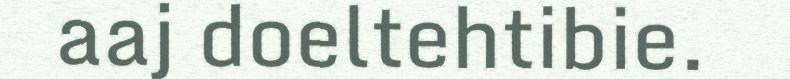
aaj doeltehtibie.